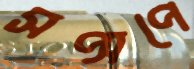
সপ্‌সপে